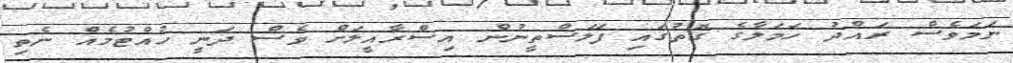
ނަމަވެސް ރައްދު ހަމަލާގެ ގޮތުގައި ފަލަސްތީނުން އިސްރާއީލަށް ވެސް ދަނީ ހުއްޓުމެއް ނެތި